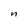
Character: n